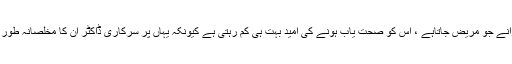
اب تو حالت یہ ہوگئی ہے کہ سرکاری اسپتالوں میں علاج ومعالجہ کرانے جو مریض جاتاہے ، اس کو صحت یاب ہونے کی امید بہت ہی کم رہتی ہے کیونکہ یہاں پر سرکاری ڈاکٹر ان کا مخلصانہ طور علاج ومعالجہ کرنے کے بجائے ان پر آئے نئے تجربات کرتے ہیں ۔